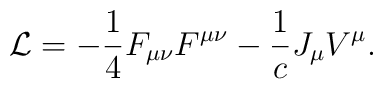
{\cal L} = -{1 \over 4}F_{\mu \nu}F^{\mu \nu} - {1\over c}J_{\mu}V^{\mu}.